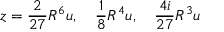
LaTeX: z = \frac { 2 } { 2 7 } R ^ { 6 } u , \quad \frac { 1 } { 8 } R ^ { 4 } u , \quad \frac { 4 i } { 2 7 } R ^ { 3 } u